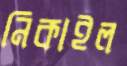
নিকাইল